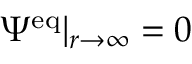
\Psi ^ { \mathrm { e q } } | _ { r \to \infty } = 0